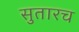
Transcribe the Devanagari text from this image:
सुतारच